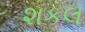
શકલ